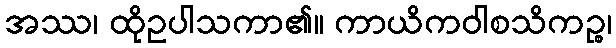
အဿ၊ ထိုဥပါသကာ၏။ ကာယိကဝါစသိကဉ္စ၊